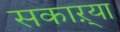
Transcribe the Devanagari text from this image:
सकाऱ्या